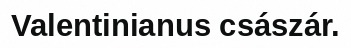
Valentinianus császár.